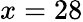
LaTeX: x=28